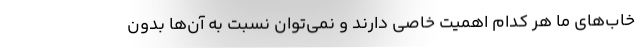
خاب‌های ما هر کدام اهمیت خاصی دارند و نمی‌توان نسبت به آن‌ها بدون